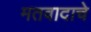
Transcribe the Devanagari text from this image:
मतवादाचे